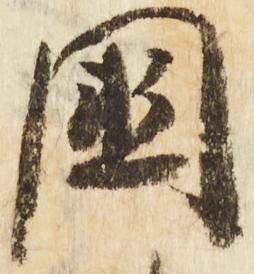
国